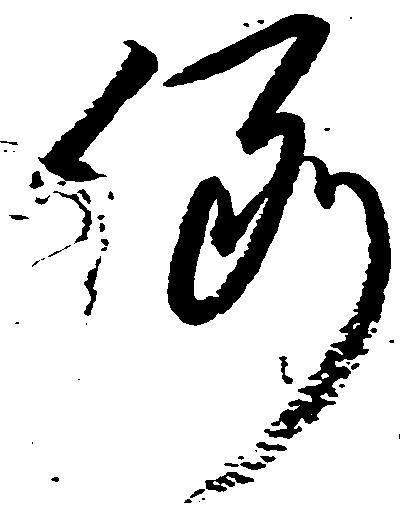
例